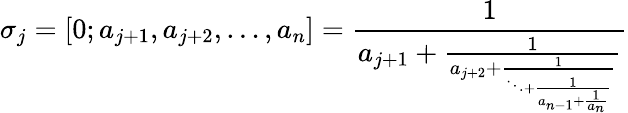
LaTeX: \sigma_{j}=[0;a_{j+1},a_{j+2},\ldots,a_{n}]=\frac{1}{a_{j+1}+\frac{1}{a_{j+2}+\frac{1}{\ddots+\frac{1}{a_{n-1}+\frac{1}{a_{n}}}}}}